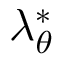
\lambda _ { \theta } ^ { * }